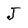
Character: J